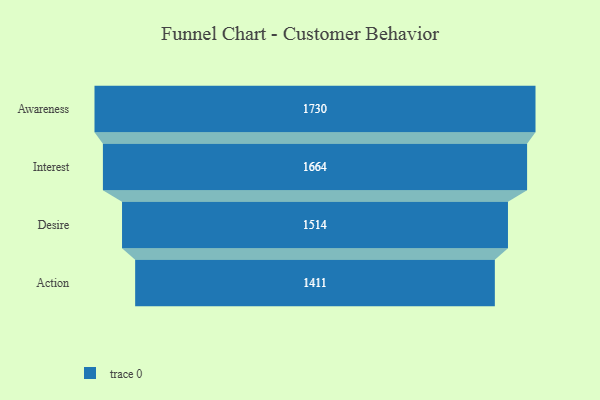
{"axis": {"x": "Stage", "y": "Value"}, "legend": [""], "data": [{"x": "Awareness", "y": 1730.0, "type": ""}, {"x": "Interest", "y": 1664.0, "type": ""}, {"x": "Desire", "y": 1514.0, "type": ""}, {"x": "Action", "y": 1411.0, "type": ""}]}